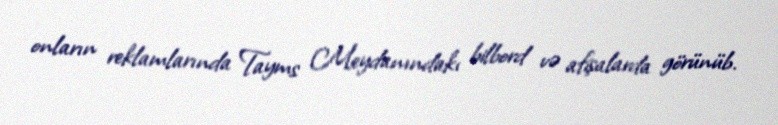
onların reklamlarında Tayms Meydanındakı bilbord və afişalarda görünüb.